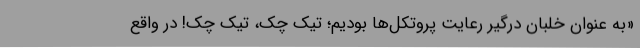
«به عنوان خلبان درگیر رعایت پروتکل‌ها بودیم؛ تیک چک، تیک چک! در واقع